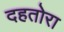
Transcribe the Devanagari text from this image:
दहतोरा